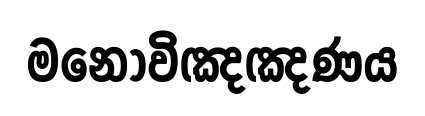
මනොවිඤඤණය